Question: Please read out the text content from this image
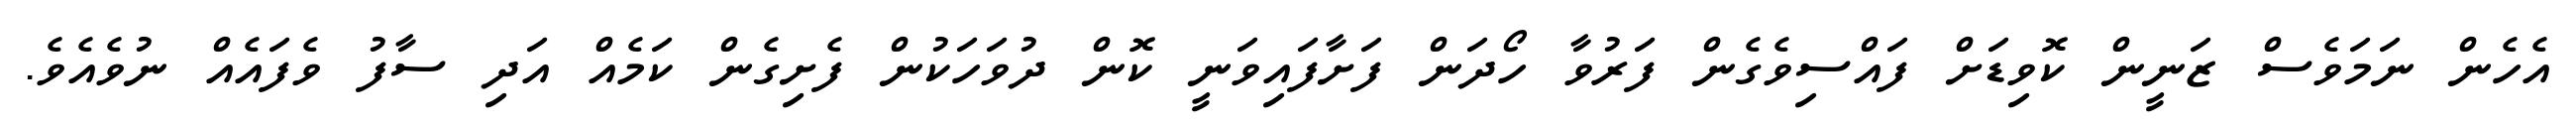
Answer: އެހެން ނަމަވެސް ޒަނީން ކޮވިޑަށް ފައްސިވެގެން ފަރުވާ ހޯދަން ފަށާފައިވަނީ ކޮން ދުވަހަކުން ފެށިގެން ކަމެއް އަދި ސާފު ވެފައެއް ނުވެއެވެ.